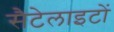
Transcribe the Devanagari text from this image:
सैटेलाइटों